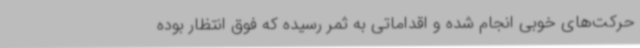
حرکت‌های خوبی انجام شده و اقداماتی به ثمر رسیده که فوق انتظار بوده